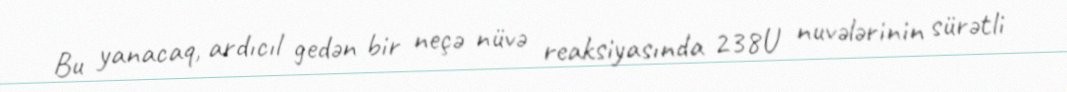
Bu yanacaq, ardıcıl gedən bir neçə nüvə reaksiyasında 238U nuvələrinin sürətli